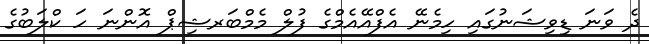
ދެ ވަނަ ޑިވިޝަނުގައި ހިމެނޭ އެފްއޭއެމްގެ ފުލް މެމްބަރޝިޕް އޮންނަ ހަ ކްލަބުގެ